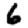
Digit: 6